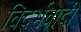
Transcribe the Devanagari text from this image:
विदर्भवादी